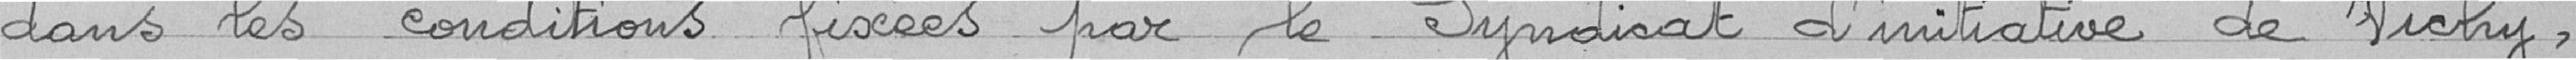
dans les conditions fixées par le Syndicat d'initiative de Vichy,